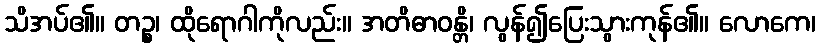
သိအပ်၏။ တဉ္စ၊ ထိုရောဂါကိုလည်း။ အတိဓာဝန္တိ၊ လွန်၍ပြေးသွားကုန်၏။ လောကေ၊